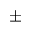
\pm